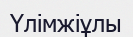
Үлімжіұлы